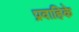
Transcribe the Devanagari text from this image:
प्रवाहिके